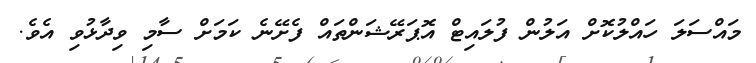
މައްސަލަ ހައްލުކޮށް އަލުން ފުލައިޓް އޮޕަރޭޝަންތައް ފެށޭނެ ކަމަށް ސާމި ވިދާޅުވި އެވެ.